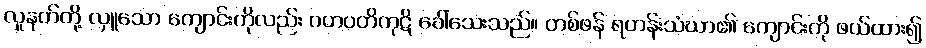
လူနတ်တို့ လှူသော ကျောင်းကိုလည်း ဂဟပတိကုဋိ ခေါ်သေးသည်။ တစ်ဖန် ရဟန်းသံဃာ၏ ကျောင်းကို ဖယ်ထား၍